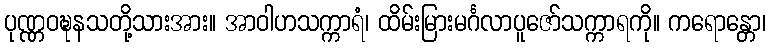
ပုဏ္ဏဝဍ္ဎနသတို့သားအား။ အာဝါဟသက္ကာရံ၊ ထိမ်းမြားမင်္ဂလာပူဇော်သက္ကာရကို။ ကရောန္တော၊